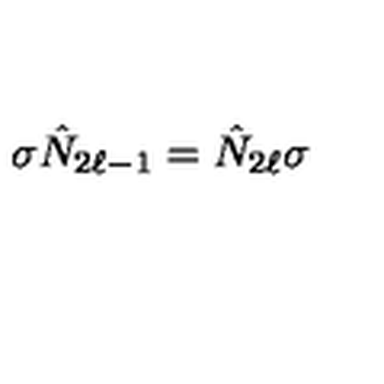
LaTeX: \sigma \hat { N } _ { 2 \ell - 1 } = \hat { N } _ { 2 \ell } \sigma